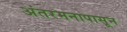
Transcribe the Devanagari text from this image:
अंतरमनापासून